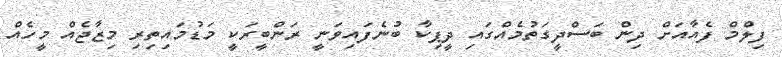
ފިލްމް ފެއާއަށް ދިން ބަސްދީގަތުމެއްގައި ދީޕިކާ ބުނެފައިވަނީ ރަންބީރަކީ މަޑުމައިތިރި މިޒާޖެއް މީހެއް